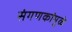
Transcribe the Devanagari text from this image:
संगणकांमुळे